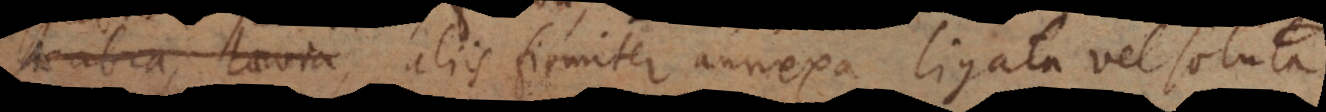
scabra, laevia, aliis firmiter annexa, ligata vel soluta